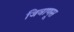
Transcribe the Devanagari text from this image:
जिवाणूस